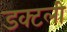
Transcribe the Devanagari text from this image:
डक्टली